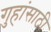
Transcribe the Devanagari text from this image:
गुहांसाठी